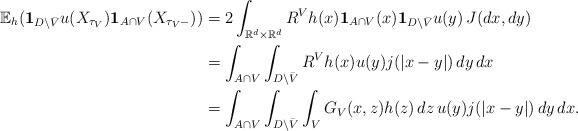
LaTeX: \begin{align*}\mathbb E_{h}(\mathbf1_{D\setminus \bar V}u(X_{\tau_V})\mathbf1_{A\cap V}(X_{\tau_V-}))&= 2\int_{\mathbb R^d\times\mathbb R^d} R^Vh(x)\mathbf1_{A\cap V}(x)\mathbf1_{D\setminus \bar V}u(y)\,J(dx,dy)\\& =\int_{A\cap V}\int_{D\setminus \bar V} R^Vh(x)u(y)j(|x-y|)\,dy\,dx\\&= \int_{A\cap V}\int_{D\setminus \bar V} \int_V G_V(x,z)h(z)\,dz \,u(y)j(|x-y|)\,dy\,dx.\end{align*}